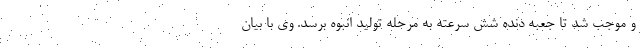
و موجب شد تا جعبه دنده شش سرعته به مرحله تولید انبوه برسد. وی با بیان